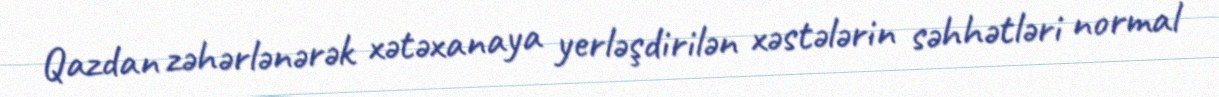
Qazdan zəhərlənərək xətəxanaya yerləşdirilən xəstələrin səhhətləri normal